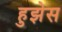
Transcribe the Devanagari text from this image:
हुझेस